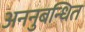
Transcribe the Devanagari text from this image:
अननुबन्धित